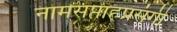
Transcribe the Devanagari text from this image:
नामसप्ताहप्रसंगी